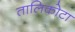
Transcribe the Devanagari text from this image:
तालिकोटा